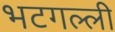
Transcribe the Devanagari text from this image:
भटगल्ली